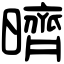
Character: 𣋠